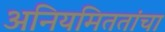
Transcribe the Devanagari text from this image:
अनियमिततांचा